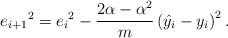
LaTeX: \begin{align*} {e_{i+1}}^2 = {e_i}^2 - \frac{2\alpha - \alpha^2}{m}\left( \hat{y}_i - y_i \right)^2 . \end{align*}